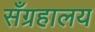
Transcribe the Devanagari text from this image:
सँग्रहालय